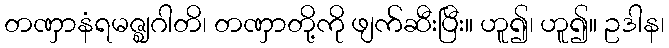
တဏှာနံရမဇ္ဈဂါတိ၊ တဏှာတို့ကို ဖျက်ဆီးပြီး။ ဟူ၍၊ ဟူ၍။ ဥဒါန၊